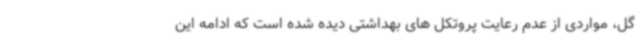
گل، مواردی از عدم رعایت پروتکل های بهداشتی دیده شده است که ادامه این